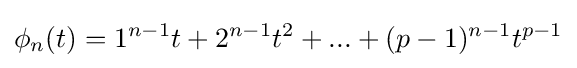
\phi _{n}(t)=1^{n-1}t+2^{n-1}t^{2}+...+(p-1)^{n-1}t^{p-1}